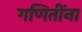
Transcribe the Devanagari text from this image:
गणितींना